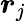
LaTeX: \boldsymbol{r}_{j}